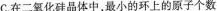
C.在二氧化硅晶体中，最小的环上的原子个数